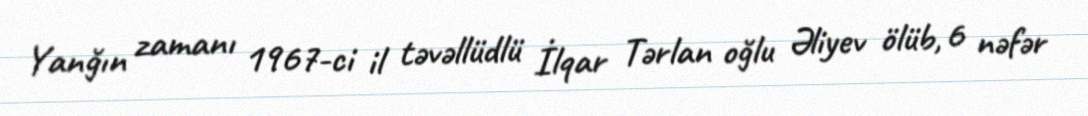
Yanğın zamanı 1967-ci il təvəllüdlü İlqar Tərlan oğlu Əliyev ölüb, 6 nəfər